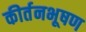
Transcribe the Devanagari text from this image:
कीर्तनभूषण